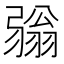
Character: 𢐢